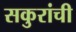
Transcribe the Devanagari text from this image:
सकुरांची